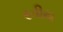
રતીય